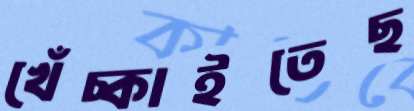
খেঁচ্‌কাইতেছ